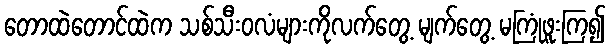
တောထဲတောင်ထဲက သစ်သီးဝလံများကိုလက်တွေ့ မျက်တွေ့ မကြုံဖူးကြ၍